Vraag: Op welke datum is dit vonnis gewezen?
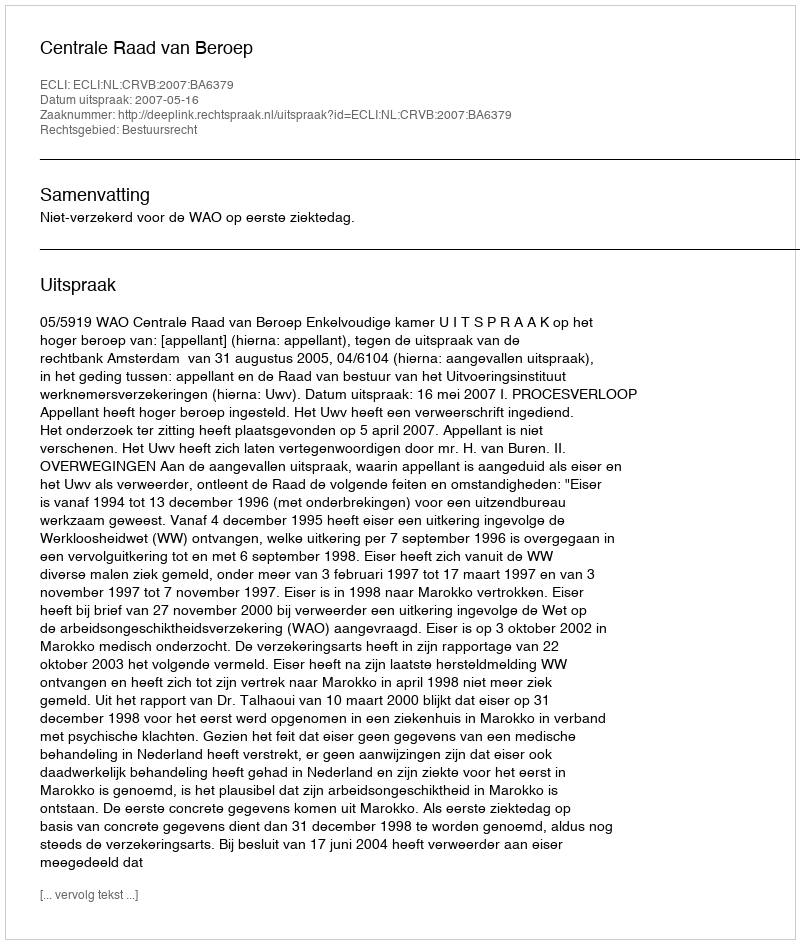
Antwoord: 2007-05-16